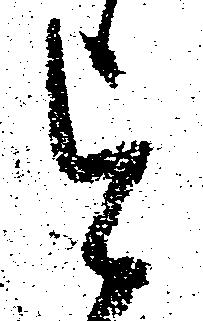
を